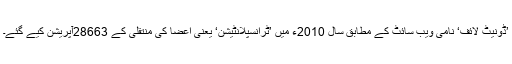
’ڈونیٹ لائف‘ نامی ویب سائٹ کے مطابق سال 2010ء میں ’ٹرانسپلانٹیشن‘ یعنی اعضا کی منتقلی کے 28663آپریشن کیے گئے۔